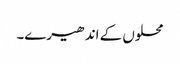
محلوں کے اندھیرے۔